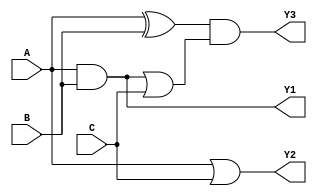
module combinational_logic (
    input wire [3:0] A,      // 4-bit input A
    input wire [3:0] B,      // 4-bit input B
    input wire [3:0] C,      // 4-bit input C
    output wire [3:0] Y1,    // Output for function 1
    output wire [3:0] Y2,    // Output for function 2
    output wire [3:0] Y3     // Output for function 3
);

// Intermediate signals for shared logic
wire [3:0] common_logic;
wire [3:0] temp1, temp2;

// Function Decomposition
// Example functions: Y1 = A & B, Y2 = A | C, Y3 = common_logic
assign common_logic = A & B; // Shared logic
assign Y1 = common_logic;     // Output for function 1
assign Y2 = A | C;            // Output for function 2

// Multi-level logic implementation
assign temp1 = A ^ B;         // Intermediate result for Y3
assign temp2 = common_logic | C; // Another intermediate result
assign Y3 = temp1 & temp2;    // Output for function 3

// Priority Encoder Example
reg [1:0] priority_out;
always @(*) begin
    if (A[3]) priority_out = 2'b11; // Highest priority
    else if (B[3]) priority_out = 2'b10;
    else if (C[3]) priority_out = 2'b01;
    else priority_out = 2'b00; // No active input
end

endmodule